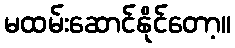
မထမ်းဆောင်နိုင်တော့။